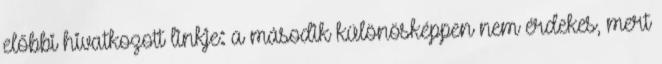
előbbi hivatkozott linkje: a második különösképpen nem érdekes, mert